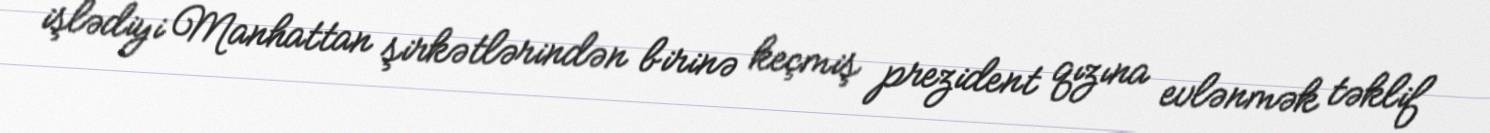
işlədiyi Manhattan şirkətlərindən birinə keçmiş prezident qızına evlənmək təklif